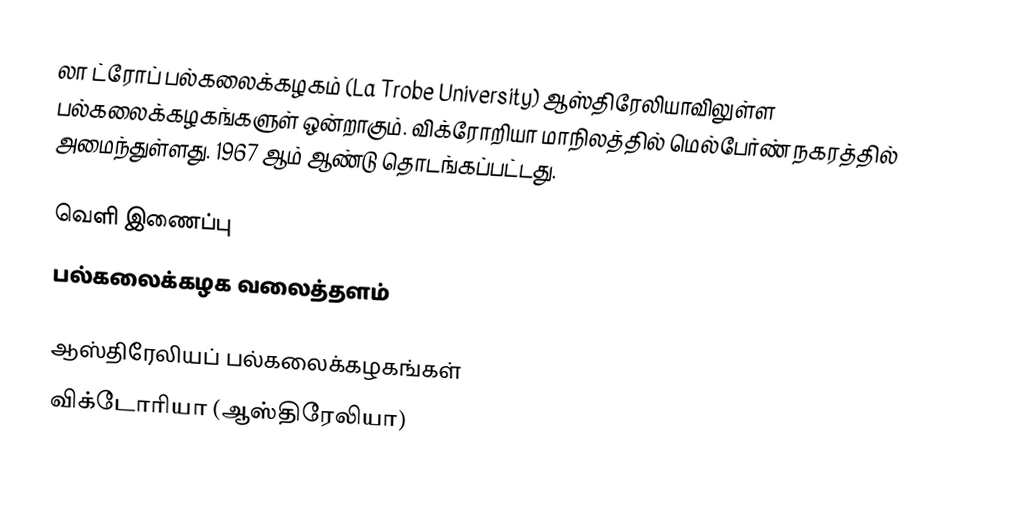
லா ட்ரோப் பல்கலைக்கழகம் (La Trobe University) ஆஸ்திரேலியாவிலுள்ள பல்கலைக்கழகங்களுள் ஒன்றாகும். விக்ரோறியா மாநிலத்தில் மெல்பேர்ண் நகரத்தில் அமைந்துள்ளது. 1967 ஆம் ஆண்டு தொடங்கப்பட்டது.

வெளி இணைப்பு
 பல்கலைக்கழக வலைத்தளம்

ஆஸ்திரேலியப் பல்கலைக்கழகங்கள்
விக்டோரியா (ஆஸ்திரேலியா)